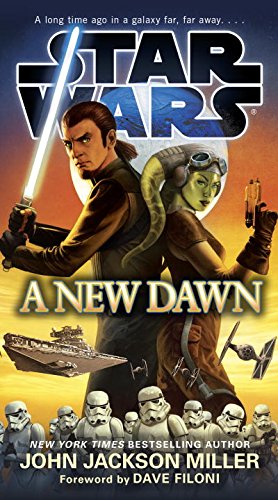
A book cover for Star Wars: A New Dawn; John Jackson Miller; Science Fiction & Fantasy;